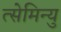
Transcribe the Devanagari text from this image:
त्सेमिन्यु